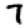
Digit: 7